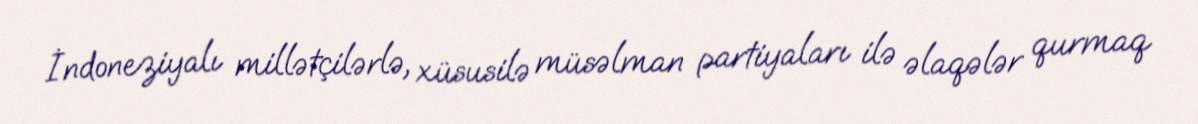
İndoneziyalı millətçilərlə, xüsusilə müsəlman partiyaları ilə əlaqələr qurmaq